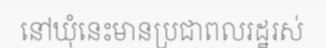
នៅឃុំនេះមានប្រជាពលរដ្ឋរស់